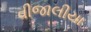
વીજાલીયા